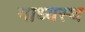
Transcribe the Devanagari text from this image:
माध्यस्थ